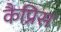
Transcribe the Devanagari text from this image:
कैप्रिस